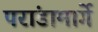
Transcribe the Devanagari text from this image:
परांडामार्गे